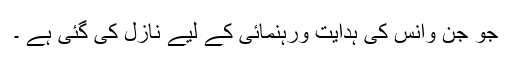
جو جن وانس کی ہدایت ورہنمائی کے لیے نازل کی گئی ہے ۔